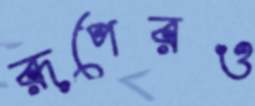
রূপেরও